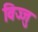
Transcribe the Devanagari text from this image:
विज्जु